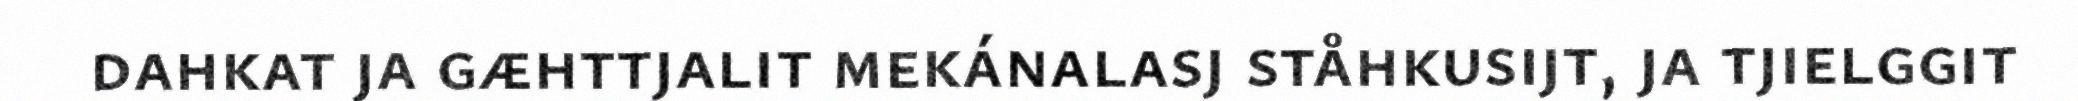
dahkat ja gæhttjalit mekánalasj ståhkusijt, ja tjielggit